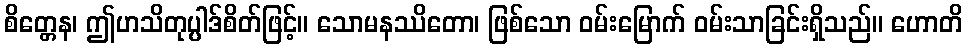
စိတ္တေန၊ ဤဟသိတုပ္ပါဒ်စိတ်ဖြင့်။ သောမနဿိတော၊ ဖြစ်သော ဝမ်းမြောက် ဝမ်းသာခြင်းရှိသည်။ ဟောတိ